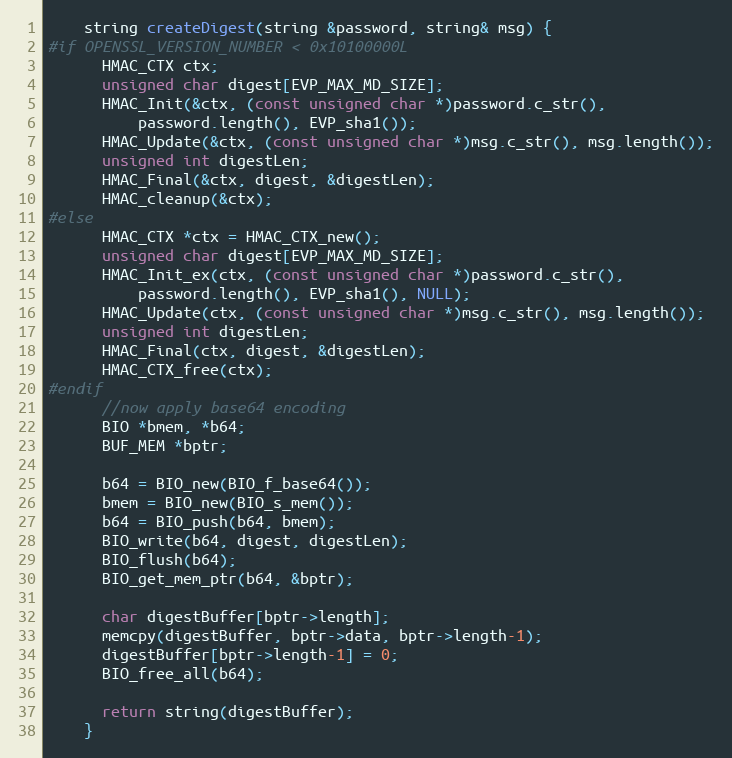
Language: C++
    string createDigest(string &password, string& msg) {
#if OPENSSL_VERSION_NUMBER < 0x10100000L
      HMAC_CTX ctx;
      unsigned char digest[EVP_MAX_MD_SIZE];
      HMAC_Init(&ctx, (const unsigned char *)password.c_str(),
          password.length(), EVP_sha1());
      HMAC_Update(&ctx, (const unsigned char *)msg.c_str(), msg.length());
      unsigned int digestLen;
      HMAC_Final(&ctx, digest, &digestLen);
      HMAC_cleanup(&ctx);
#else
      HMAC_CTX *ctx = HMAC_CTX_new();
      unsigned char digest[EVP_MAX_MD_SIZE];
      HMAC_Init_ex(ctx, (const unsigned char *)password.c_str(),
          password.length(), EVP_sha1(), NULL);
      HMAC_Update(ctx, (const unsigned char *)msg.c_str(), msg.length());
      unsigned int digestLen;
      HMAC_Final(ctx, digest, &digestLen);
      HMAC_CTX_free(ctx);
#endif
      //now apply base64 encoding
      BIO *bmem, *b64;
      BUF_MEM *bptr;

      b64 = BIO_new(BIO_f_base64());
      bmem = BIO_new(BIO_s_mem());
      b64 = BIO_push(b64, bmem);
      BIO_write(b64, digest, digestLen);
      BIO_flush(b64);
      BIO_get_mem_ptr(b64, &bptr);

      char digestBuffer[bptr->length];
      memcpy(digestBuffer, bptr->data, bptr->length-1);
      digestBuffer[bptr->length-1] = 0;
      BIO_free_all(b64);

      return string(digestBuffer);
    }